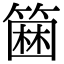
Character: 𥲢